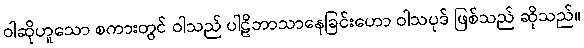
ဝါဆိုဟူသော စကားတွင် ဝါသည် ပါဠိဘာသာနေခြင်းဟော ဝါသပုဒ် ဖြစ်သည် ဆိုသည်။